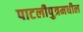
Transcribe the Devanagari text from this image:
पाटलीपुत्रमधील